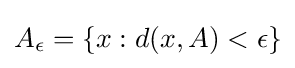
{\textstyle A_{\epsilon }=\{x:d(x,A)<\epsilon \}}